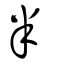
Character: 半